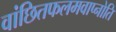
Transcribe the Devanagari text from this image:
वांछितफलमवाप्नोति